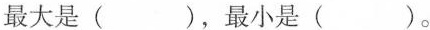
最大是( )，最小是( )。